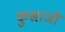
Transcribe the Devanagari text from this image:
कुखाजी